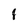
Character: i